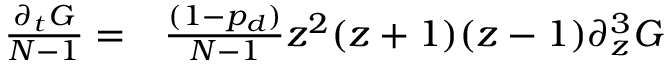
\begin{array} { r l } { \frac { \partial _ { t } G } { N - 1 } = } & { { } \frac { ( 1 - p _ { d } ) } { N - 1 } z ^ { 2 } ( z + 1 ) ( z - 1 ) \partial _ { z } ^ { 3 } G } \end{array}